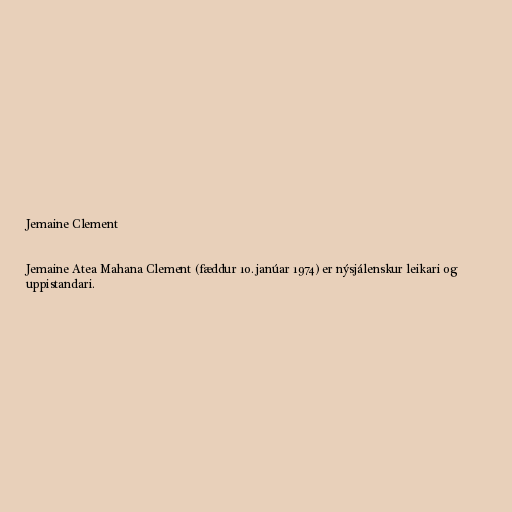
Jemaine Clement

Jemaine Atea Mahana Clement (fæddur 10. janúar 1974) er nýsjálenskur leikari og
uppistandari.